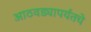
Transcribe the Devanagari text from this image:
आठवड्यापर्यंतचे